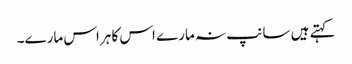
کہتے ہیں سانپ نہ مارے اس کا ہراس مارے۔